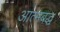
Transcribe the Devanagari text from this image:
आत्मबद्ध